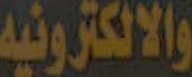
والالكترونيه